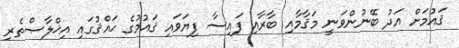
ޤައުމަށް އަދު ބޭނުންވަނީ މަޤާމާއި ބާރާއި ފައިސާ ފިޔަވައި ޤައުމުގެ ޙައްޤުގައި އިޚްލާޞްތެރި